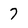
Character: 7